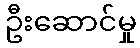
ဦးဆောင်မှု